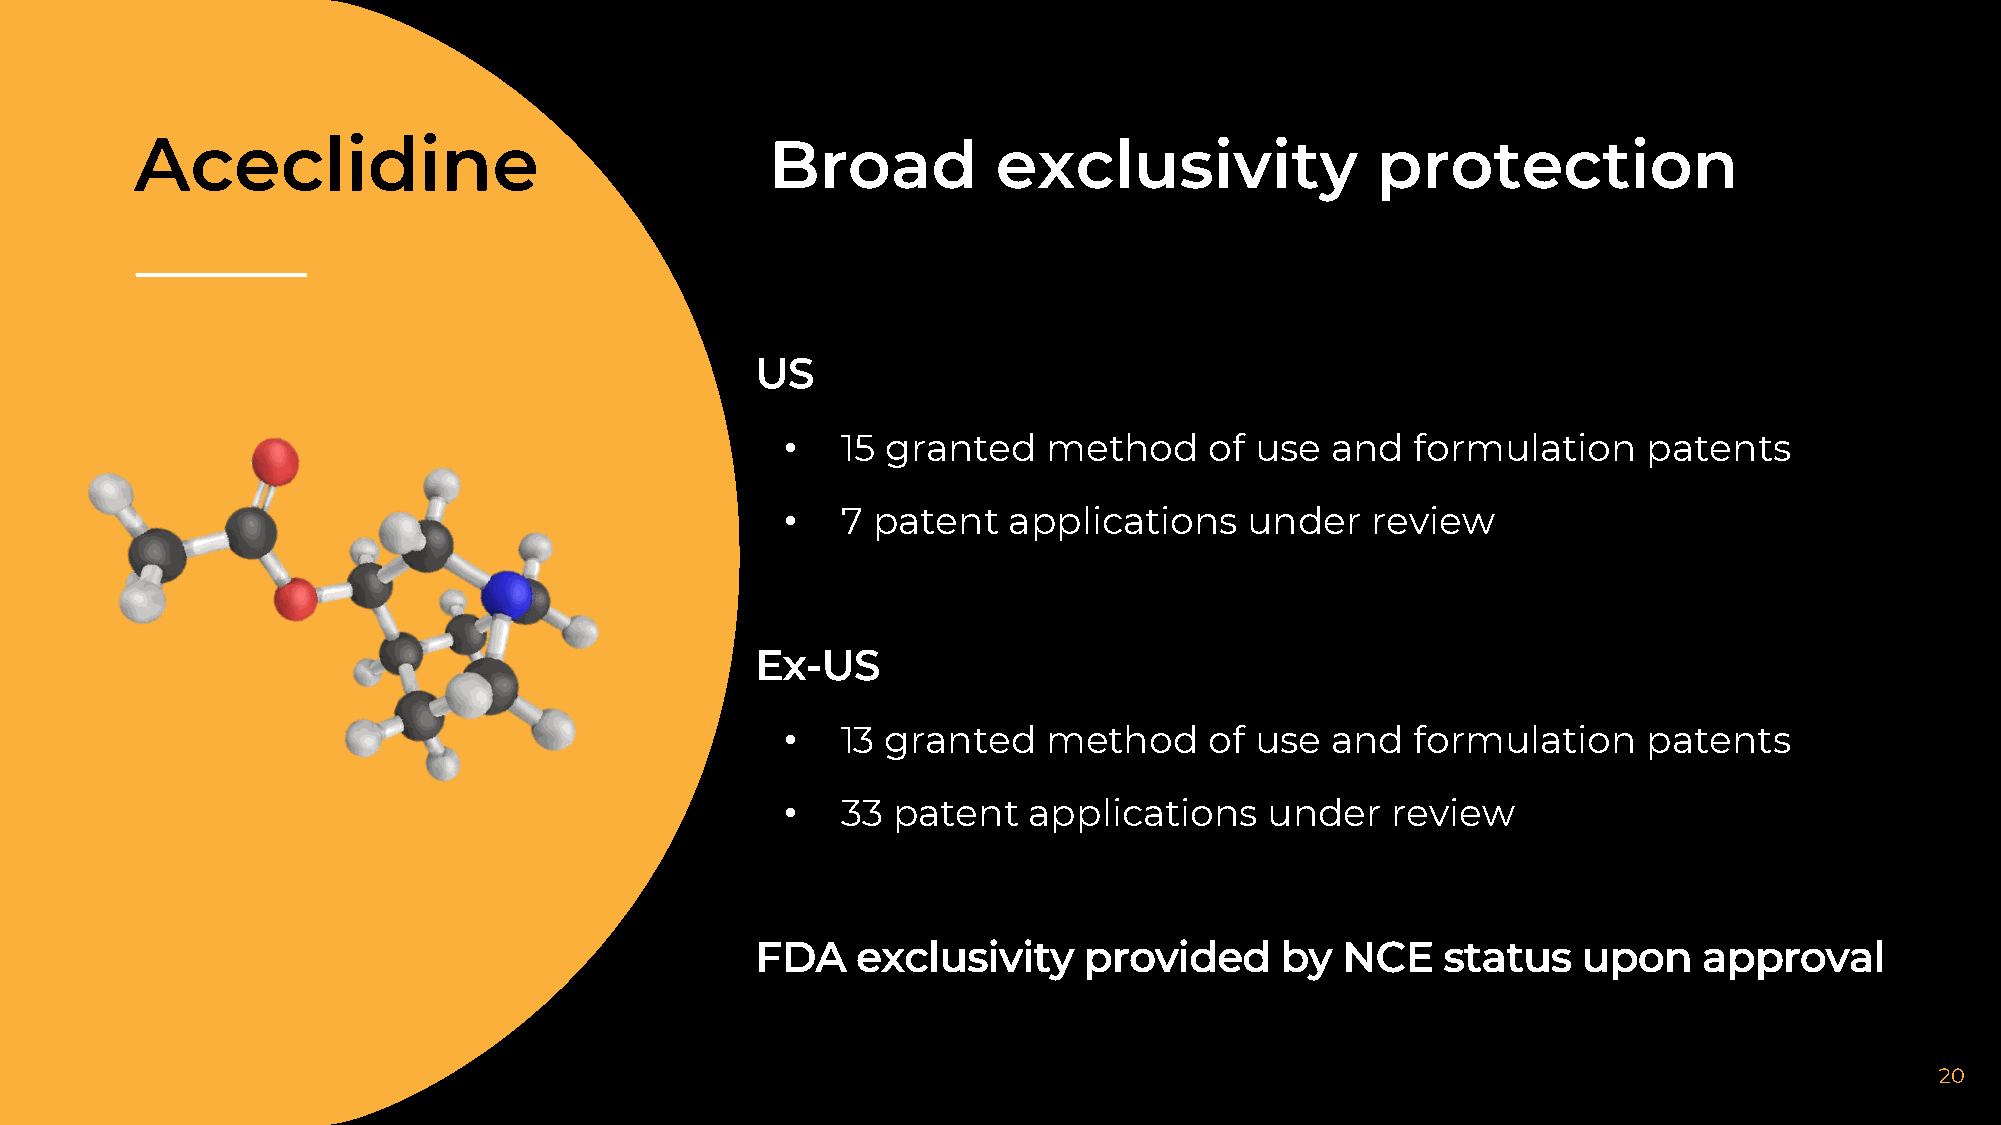
Aceclidine                                Broad          exclusivity              protection
 US
 •   15 granted   method     of use  and   formulation    patents
 •   7 patent   applications    under   review
 Ex-US
 •   13 granted   method     of use  and   formulation    patents
 •   33 patent   applications    under   review
 FDA    exclusivity    provided     by  NCE    status   upon    approval
 20